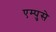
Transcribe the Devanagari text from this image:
एम्पुसे